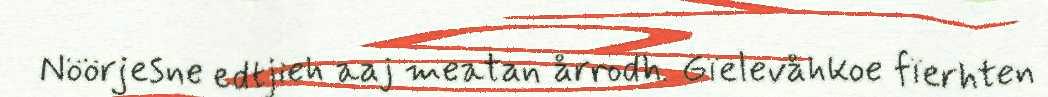
Nöörjesne edtjieh aaj meatan årrodh. Gïelevåhkoe fïerhten